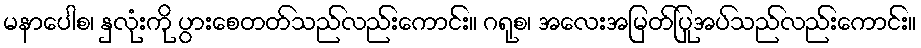
မနာပေါစ၊ နှလုံးကို ပွားစေတတ်သည်လည်းကောင်း။ ဂရုစ၊ အလေးအမြတ်ပြုအပ်သည်လည်းကောင်း။